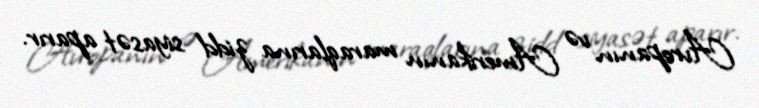
Avropanın və Amerikanın maraqlarına zidd siyasət aparır.